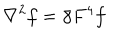
LaTeX: \nabla ^ { 2 } f = \bar { \gamma } F ^ { 4 } f \; \;